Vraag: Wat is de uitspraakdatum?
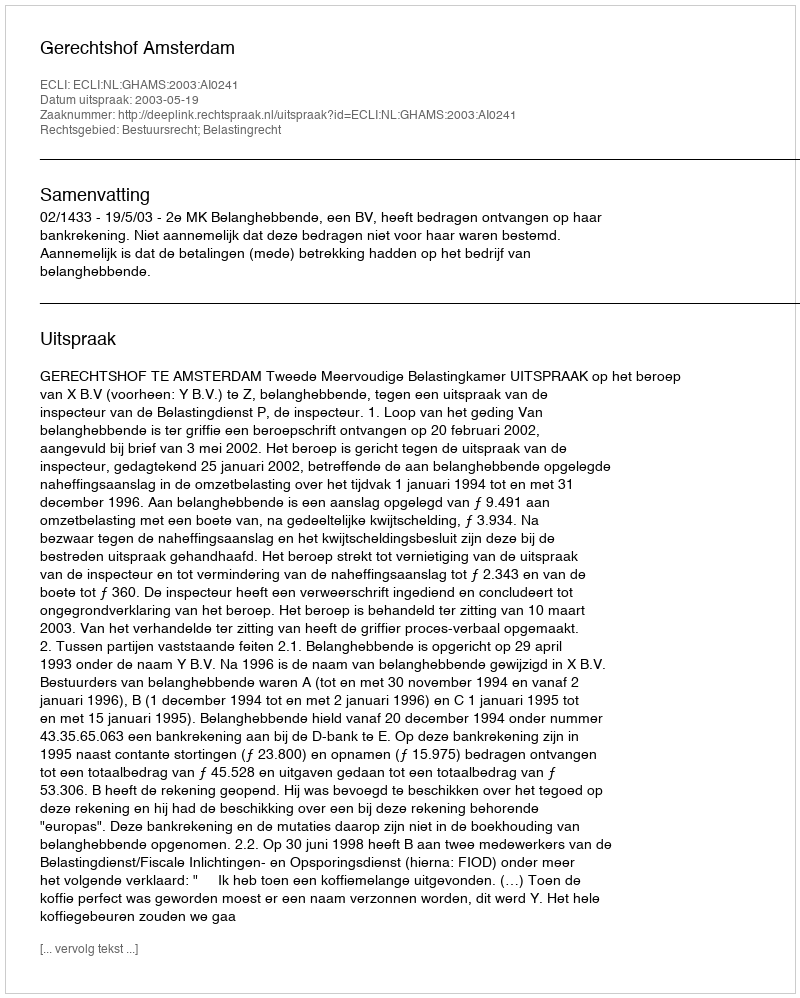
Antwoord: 2003-05-19